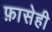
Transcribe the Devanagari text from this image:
फ़ासेही